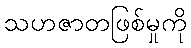
သဟဇာတဖြစ်မှုကို